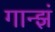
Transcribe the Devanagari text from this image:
गान्झं